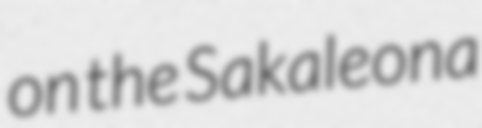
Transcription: on the Sakaleona